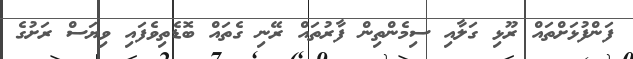
ފަންފުޅަށްތައް ރޫޅި ގަލާއި ސިމެންތިން ފާރުތައް ރޭނި ގެތައް ބޮޑެތިވެފައި ވިޔަސް ރަށުގެ